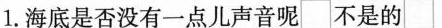
1.海底是否没有一点儿声音呢\Box 不是的\Box